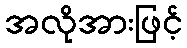
အလိုအားဖြင့်